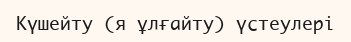
Күшейту (я ұлғайту) үстеулері